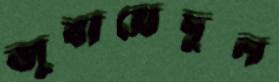
জুবায়েদুল